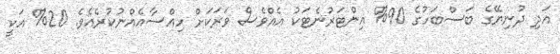
އަދި ދުނިޔޭގެ ބަސްބަހުގެ 90% އިންޓަރުނެޓަކު އެއްވެސް ވަރަކަށް ހިއްސާއެއްނުކުރެއެވެ. 20% އަކީ